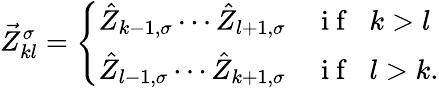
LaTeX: \vec{Z}_{kl}^{\sigma}=\left\{ \begin{array}{ll}{\hat{Z}_{k-1,\sigma}\cdots\hat{Z}_{l+1,\sigma}}&{\mathrm{~i~f~}\; \; k>l}\\ {\hat{Z}_{l-1,\sigma}\cdots\hat{Z}_{k+1,\sigma}}&{\mathrm{~i~f~}\; \; l>k.}\end{array}\right.